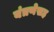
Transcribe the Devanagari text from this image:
यंत्रणेसह